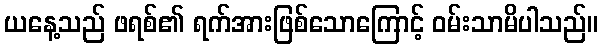
ယနေ့သည် ဖရစ်၏ ရက်အားဖြစ်သောကြောင့် ဝမ်းသာမိပါသည်။